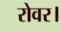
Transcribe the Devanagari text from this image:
रोवर।